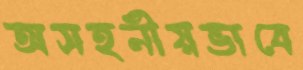
অসহনীয়ভাবে